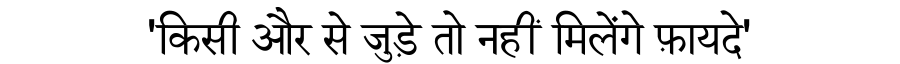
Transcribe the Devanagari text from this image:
'किसी और से जुड़े तो नहीं मिलेंगे फ़ायदे'